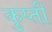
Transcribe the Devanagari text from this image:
कुप्ती